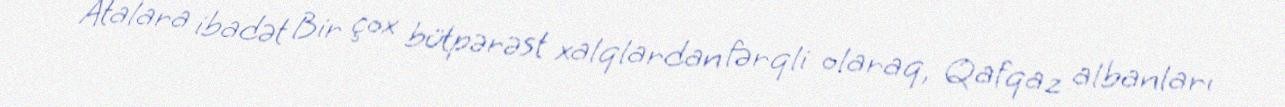
Atalara ibadət Bir çox bütpərəst xalqlardan fərqli olaraq, Qafqaz albanları